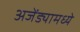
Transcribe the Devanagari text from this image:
अजेंड्यामध्ये